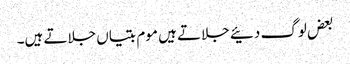
بعض لوگ دئیے جلاتے ہیں موم بتیاں جلاتے ہیں۔